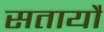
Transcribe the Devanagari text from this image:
सतायौ